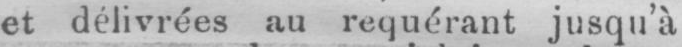
et délivrées au requérant jusqu’à